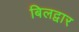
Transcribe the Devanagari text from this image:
बिलद्वार